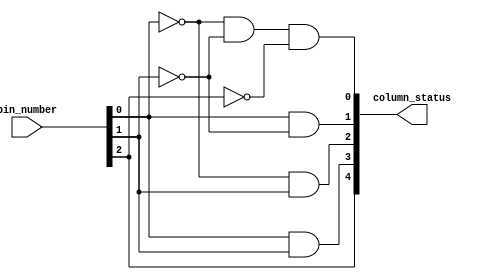
/* Selects 1 of the 5 columns of
	the LED matrix, 1 at a time  */

module driver_columns_decoder
(
	input wire  [2:0] bin_number,
	output wire [4:0] column_status
);
	wire [2:0] aux;
	
	not inv0(aux[0], bin_number[0]);
	not inv1(aux[1], bin_number[1]);
	not inv2(aux[2], bin_number[2]);

	// Activates each column individually providing high logic level
	and column0_status(column_status[0], aux[0], aux[1], aux[2]);
	and column1_status(column_status[1], bin_number[0], aux[1]);
	and column2_status(column_status[2], aux[0], bin_number[1]);
	and column3_status(column_status[3], bin_number[0], bin_number[1]);
	and column4_status(column_status[4], bin_number[2], bin_number[2]);

endmodule